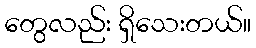
တွေလည်း ရှိသေးတယ်။